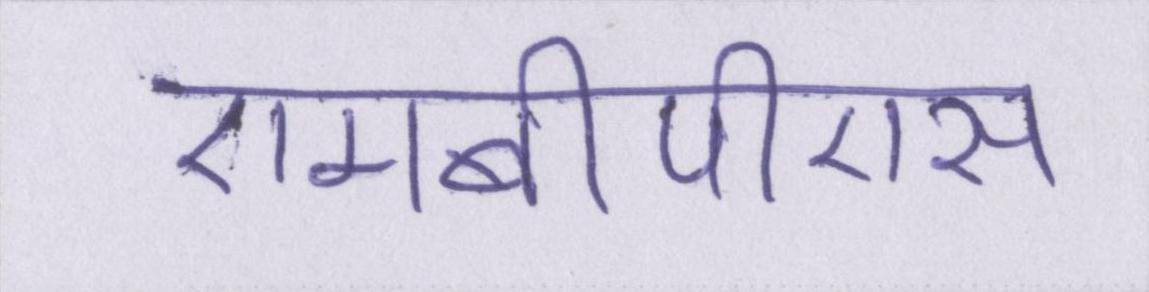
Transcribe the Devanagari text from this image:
एमबीपीएस